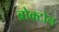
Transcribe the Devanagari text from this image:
ब्रोक्टोन